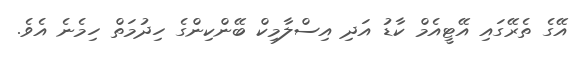
އޭގެ ތެރޭގައި އޭޓީއެމް ކާޑު އަދި އިސްލާމިކް ބޭންކިންގެ ހިދުމަތް ހިމެނެ އެވެ.